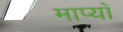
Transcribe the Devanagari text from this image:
माप्याँ